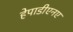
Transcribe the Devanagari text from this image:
हेपाडीएनए